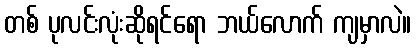
တစ် ပုလင်းလုံးဆိုရင်ရော ဘယ်လောက် ကျမှာလဲ။